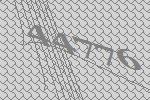
44776